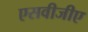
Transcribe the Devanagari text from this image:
एसवीजीए